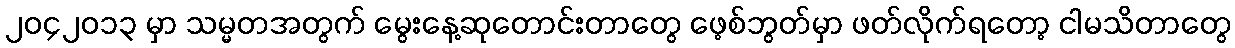
၂ဝ၄၂ဝ၁၃ မှာ သမ္မတအတွက် မွေးနေ့ဆုတောင်းတာတွေ ဖေ့စ်ဘွတ်မှာ ဖတ်လိုက်ရတော့ ငါမသိတာတွေ